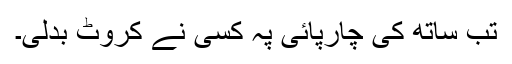
تب ساتھ کی چارپائی پہ کسی نے کروٹ بدلی۔